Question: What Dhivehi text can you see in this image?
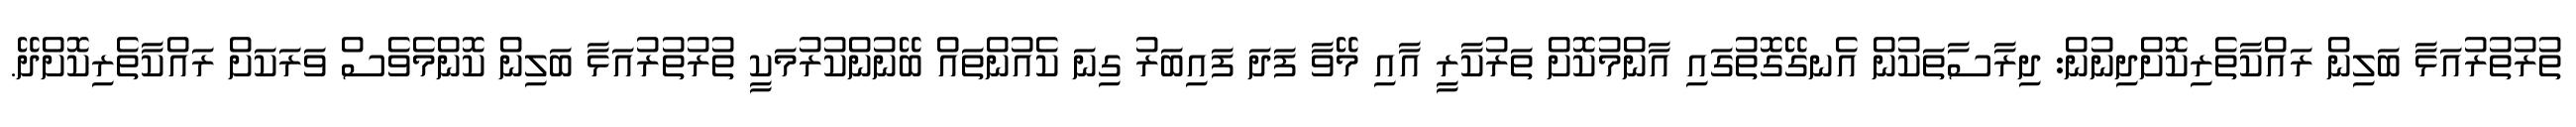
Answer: ތުރުތުރުއަޅާ ބަލިން ރައްކާތެރިކޮށްދިނުން: ދިރާސާތަކުން އެނގޭގޮތުގައި އާންމުކޮށް ތަރުކާރީ އާއި މޭވާ ފަދަ ފައިބަރު ގިނަ ކެއުންތައް ބޭނުންކުރުމަކީ ތުރުތުރުއަޅާ ބަލިން ކޮންމެވެސް ވަރަކަށް ރައްކާތެރިކޮށްދޭ.